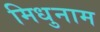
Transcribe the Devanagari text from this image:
मिधुनाम